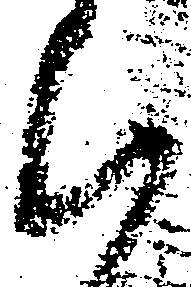
候